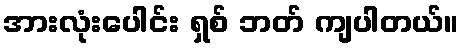
အားလုံးပေါင်း ရှစ် ဘတ် ကျပါတယ်။